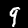
Label: 9